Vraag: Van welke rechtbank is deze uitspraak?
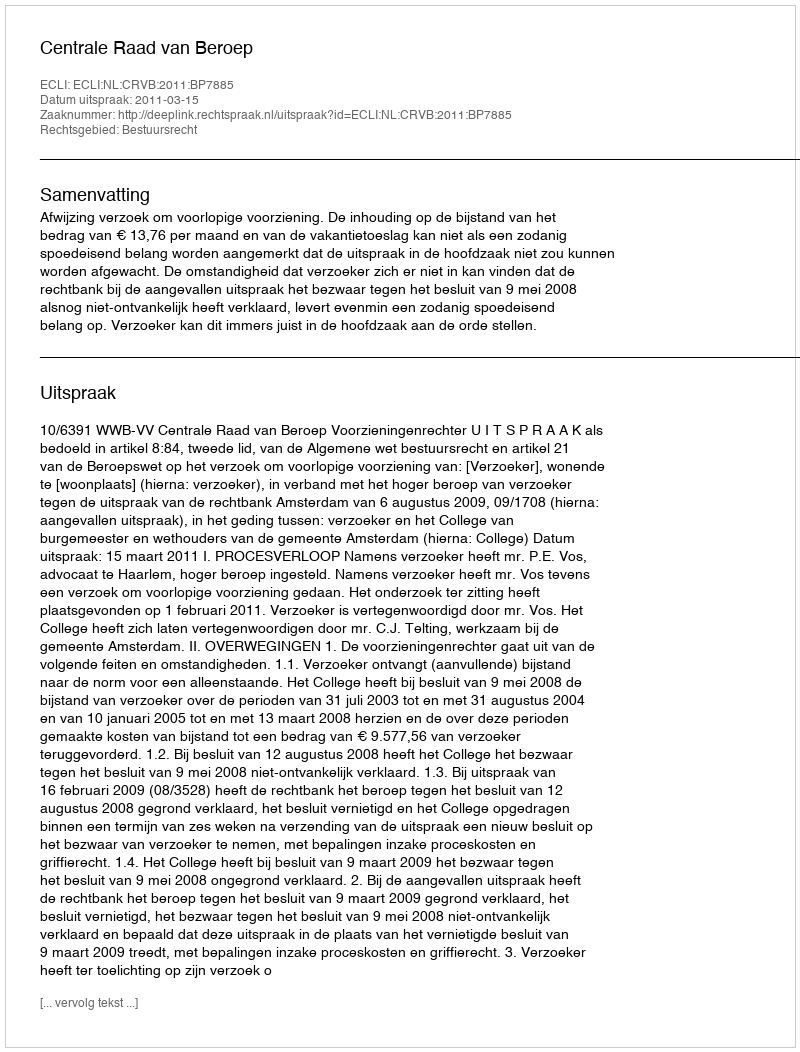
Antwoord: Centrale Raad van Beroep